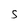
Character: S